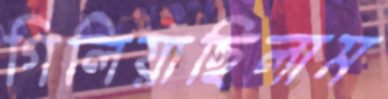
গিলিয়াছিলাম